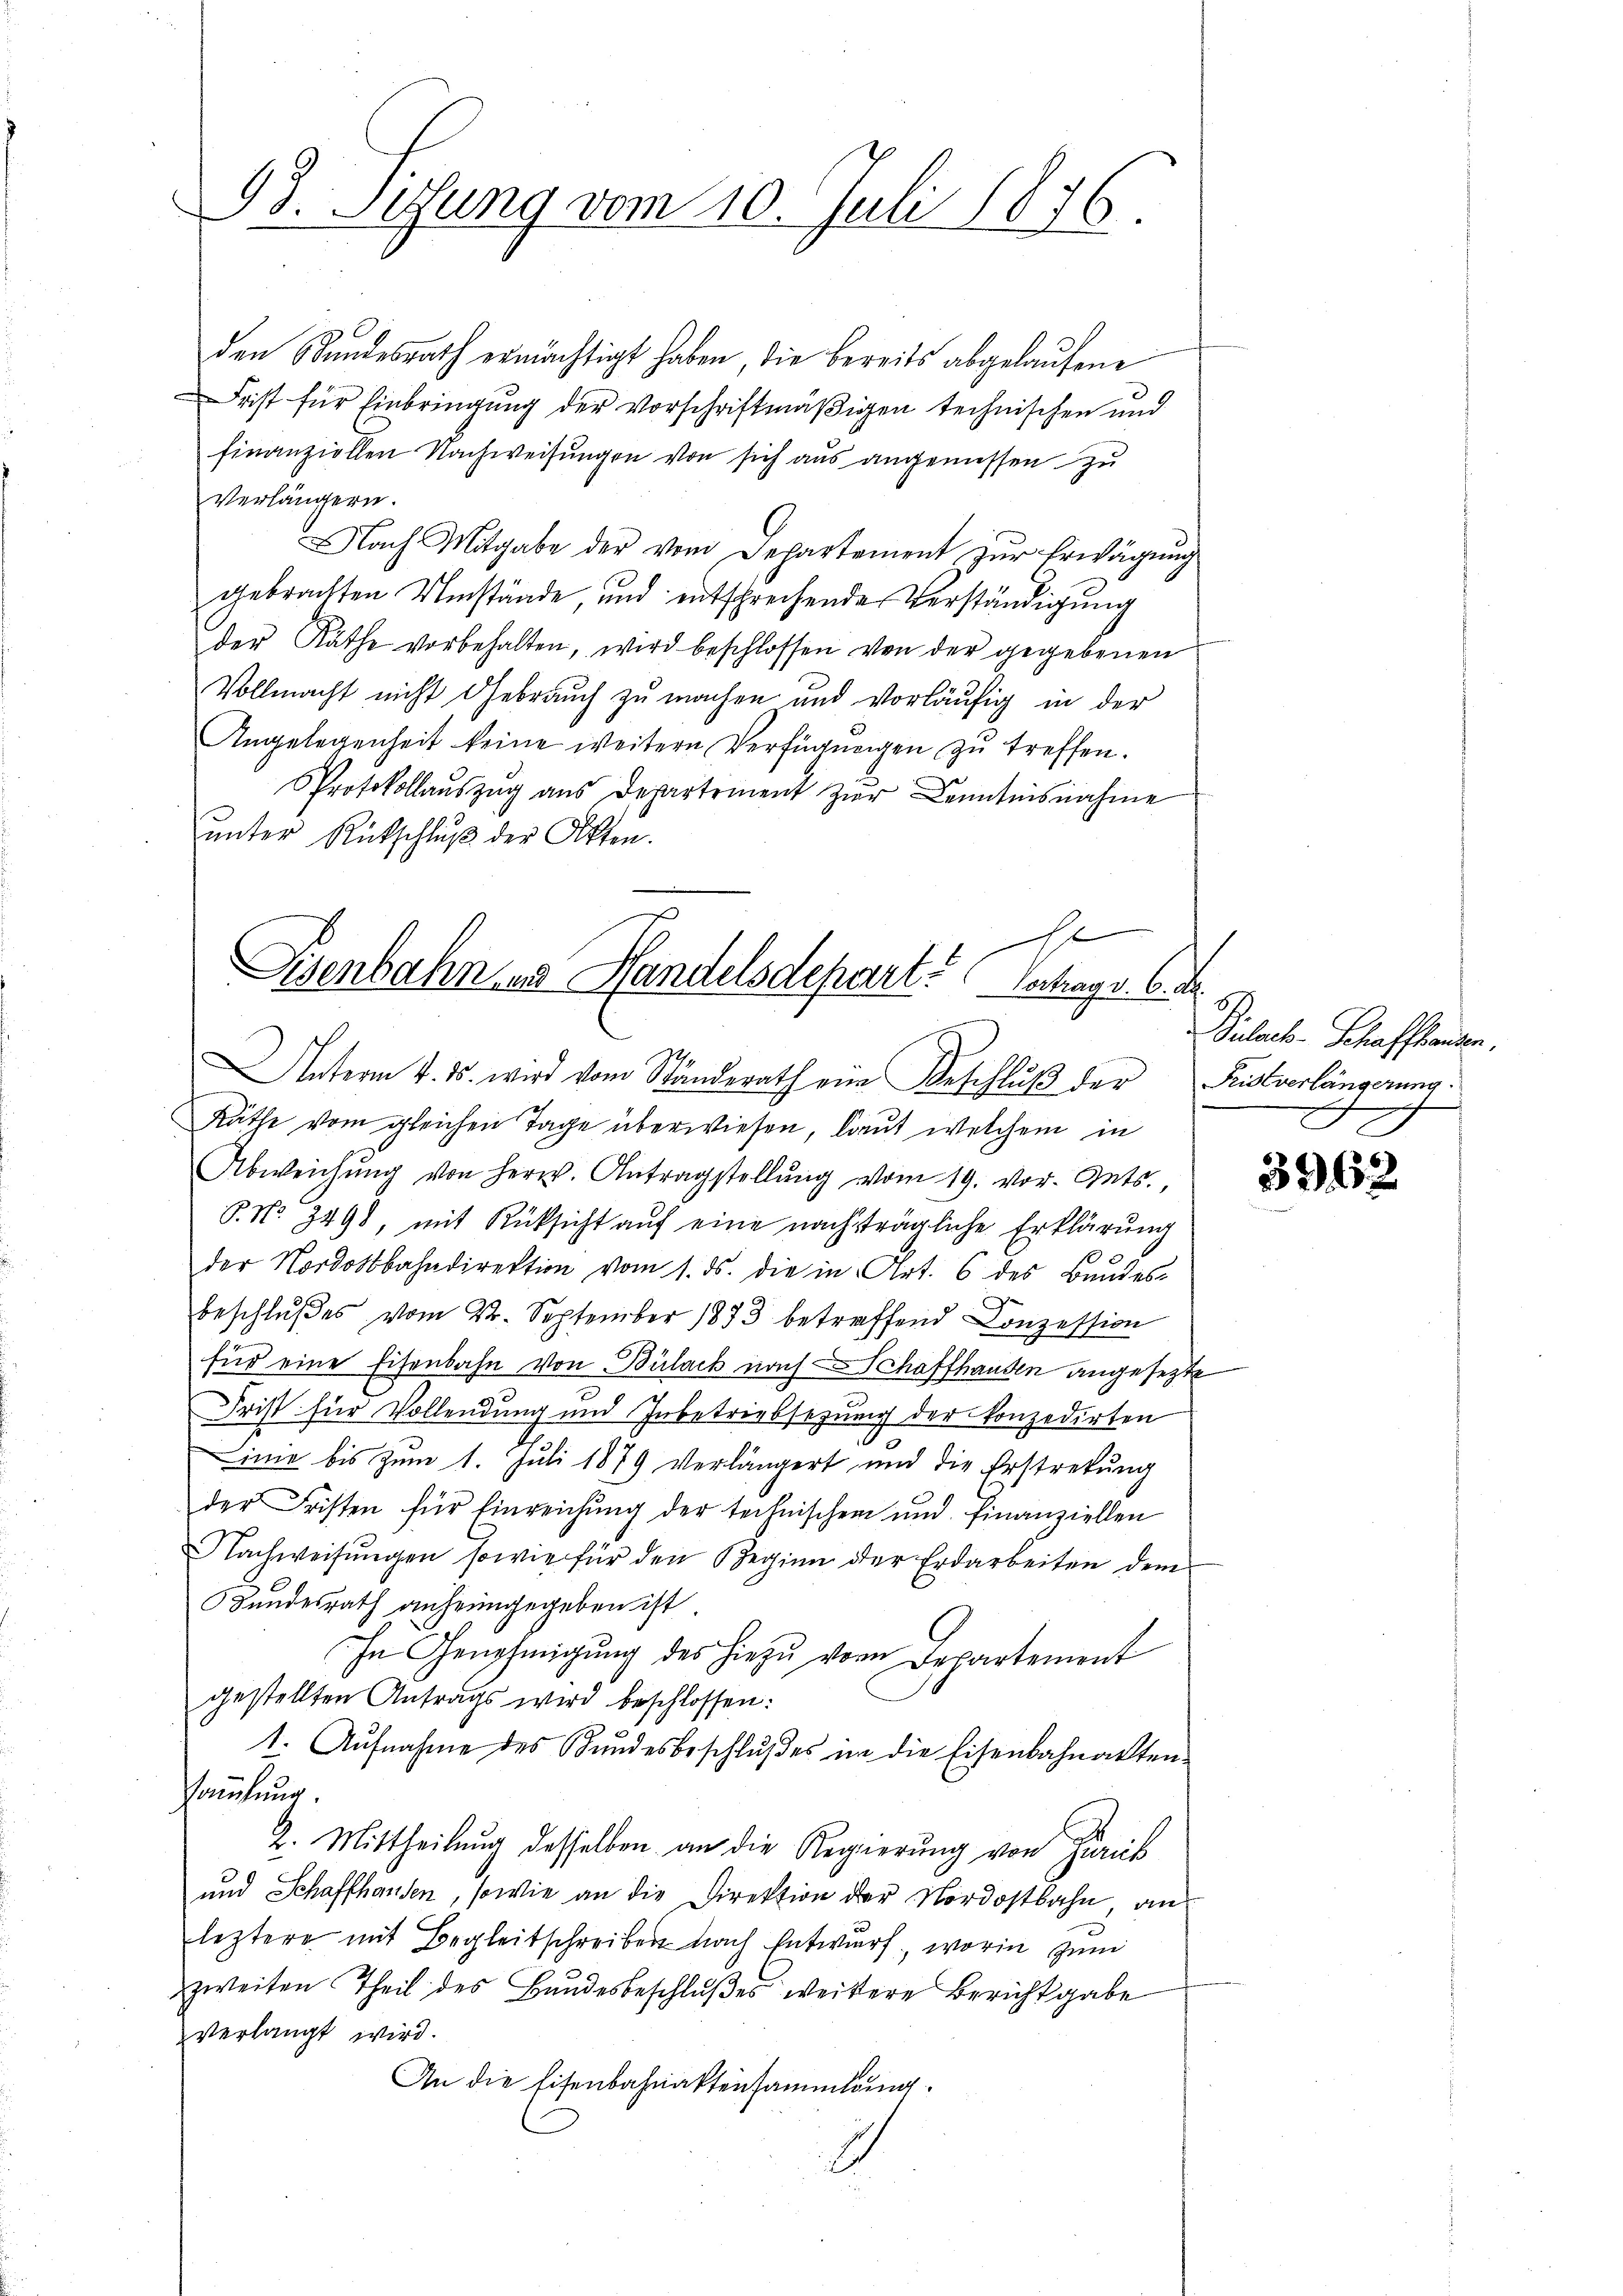
93. Setzung vom 10. Juli 1876.

den Stundesrath ermächtigt haben, die bereits abgelaŭfene
Frist für Einbringung der Vorschriftmäßigen technischen und
finanziellen Nachweisungen von sich aus angemessen zu
Verlängern.
Nach Mitgabe der vom Departement zŭr Erwägŭng
gebrachten Umstände, und entschrechende Verständigung
der Räthe vorbehalten, wird beschlossen von der gegebenen
Vollmacht nicht Gebrauch zu machen und vorläufig in der
Angelegenheit keine weitern Verfügungen zu treffen.
Protokollauszug aus Departement zur Kenntnisnahme
ŭnter Rückschlŭβ der Akten.
Räthe vom gleichen Tage überwiesen, laut welchem in
Abweichŭng von Herr. Antragstellŭng vom 19. vor. Mts.,
6. No. 3498, mit Rücksicht aŭf eine nachträgliche Erklärung
der Nordostbahndirektion vom 1. ds. die in Art. 6 des Bandes-
beschlußes vom 22. September 1873 betreffend Conzession
für eine Eisenbahn von Bülack nach Schaffhausen angesetzte
Frist für Vollendung und Inbetriebsezung der konzedirten
inie bis zum 1. Juli 1879 verlängert und die Erstretung
der Fristen für Einreichŭng der technischen und finanziellen
Nachweisungen sowie für den Beginn der Erdarbeiten dem
Hundesrath anheimgegeben ist
In Genehmigung des hiezu vom Departement
gestellten Antrags wird beschlossen:
1. Aufnahme des Bundesbeschlußes in die Eisenbahnakten-
Sammlung.
2. Mittheilung desselben an die Regierung von Zurick
und Schaffhausen, sowie an die Direktion der Nordostbahn, an
leztere mit Begleitschreiben nach Entwurf, worin zum
zweiten Theil des Bundesbeschlußes weitere Bericht gabe
verlangt wird.
An die Eisenbahnaktensammlung

e
Eisenbahn und Handelsdepart. Vertrag v. 6. d.
27
Unterm 4. ds. wird vom Ständerath eine Beschluß der Fristverlängerung

Dulach-Schaffhanden.
g
d

3962